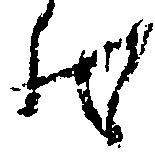
状